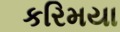
કરિમયા